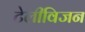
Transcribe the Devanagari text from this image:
टेलीविजन